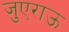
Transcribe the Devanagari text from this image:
जुएराऊ